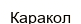
Каракол